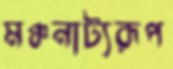
মঞ্চনাট্যরূপ